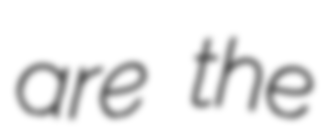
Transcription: are the